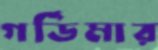
গর্ডিমার